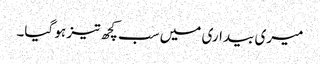
میری بیداری میں سب کچھ تیز ہو گیا۔